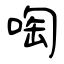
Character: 啕